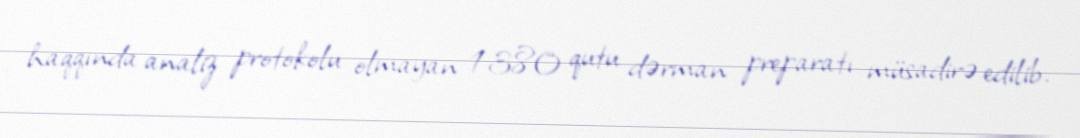
haqqında analiz protokolu olmayan 1380 qutu dərman preparatı müsadirə edilib.